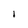
Character: I